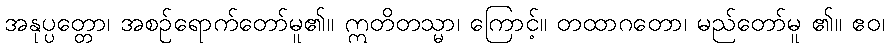
အနုပ္ပတ္တော၊ အစဉ်ရောက်တော်မူ၏။ ဣတိတသ္မာ၊ ကြောင့်။ တထာဂတော၊ မည်တော်မူ ၏။ ဧဝ၊